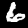
Digit: 6